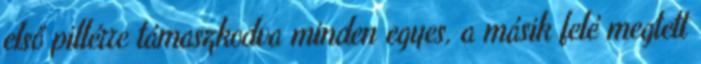
első pillérre támaszkodva minden egyes, a másik felé megtett